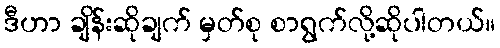
ဒီဟာ ချိန်းဆိုချက် မှတ်စု စာရွက်လို့ဆိုပါတယ်။